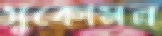
সুকোমল